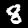
Label: 8